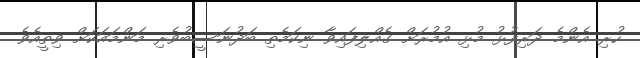
ހުރި އެންމެ ދަރިފުޅު މުޅި އުމުރަށް ގެއްލިފައިވާ ނިކަމެތި ބަދުނަސީބުވެރި މަންމައަކަށް ވިތީއެވެ.